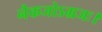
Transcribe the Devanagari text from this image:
नैकजोऽग्रजः।